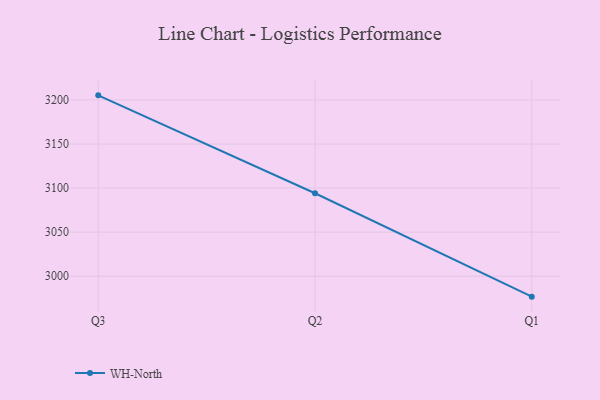
{"axis": {"x": "Quarter", "y": "Budget (USD K)"}, "legend": ["WH-North"], "data": [{"x": "Q3", "y": 3205.2, "type": "WH-North"}, {"x": "Q2", "y": 3094.1, "type": "WH-North"}, {"x": "Q1", "y": 2976.8, "type": "WH-North"}]}